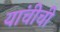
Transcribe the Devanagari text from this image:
यांचीची